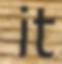
it